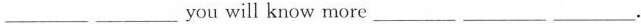
___ ___you will know more___ ___ ___.